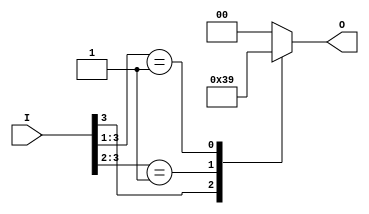
module relative_encoder (
    input wire [n-1:0] I,  // n binary inputs
    output reg [m-1:0] O   // m-bit binary output
);
    parameter n = 4; // Number of inputs (can be modified as needed)
    parameter m = 2; // Number of bits needed for output (ceil(log2(n)))

    always @(*) begin
        // Default output when no inputs are active
        O = {m{1'b0}}; // Default output to 0

        // Check inputs from highest index to lowest
        casez (I)
            4'b1???: O = 2'b11; // I3 active
            4'b01??: O = 2'b10; // I2 active
            4'b001?: O = 2'b01; // I1 active
            4'b0001: O = 2'b00; // I0 active
            default: O = {m{1'b0}}; // No active input
        endcase
    end
endmodule